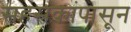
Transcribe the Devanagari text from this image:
सहस्रकांपासून